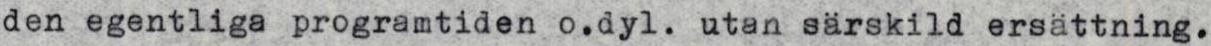
den egentliga programtiden o.dyl. utan särskild ersättning.